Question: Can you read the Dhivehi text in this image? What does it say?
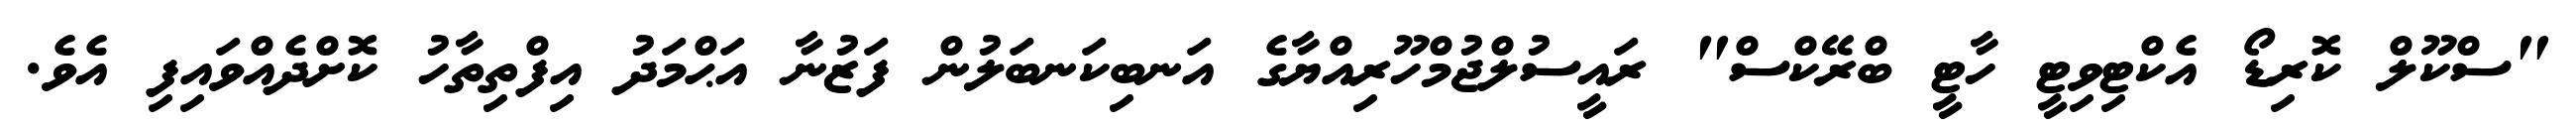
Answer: "ސްކޫލް ކޮރިޑޯ އެކްޓިވިޓީ ހާޓީ ބްރޭކްސް" ރައީސުލްޖުމްހޫރިއްޔާގެ އަނބިކަނބަލުން ފަޒުނާ އަޙްމަދު އިފްތިތާހު ކޮށްދެއްވައިފި އެވެ.